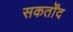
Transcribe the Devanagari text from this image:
सकर्तोंद